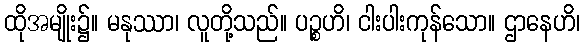
ထိုအမျိုး၌။ မနုဿာ၊ လူတို့သည်။ ပဉ္စဟိ၊ ငါးပါးကုန်သော။ ဌာနေဟိ၊